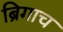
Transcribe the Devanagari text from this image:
ब्रिगाच